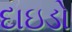
દાઇડો